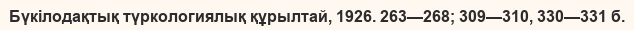
Бүкілодақтық түркологиялық құрылтай, 1926. 263—268; 309—310, 330—331 б.